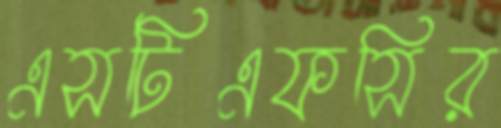
এসটিএফসির